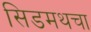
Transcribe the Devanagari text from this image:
सिडमथचा